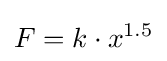
F=k\cdot x^{1.5}